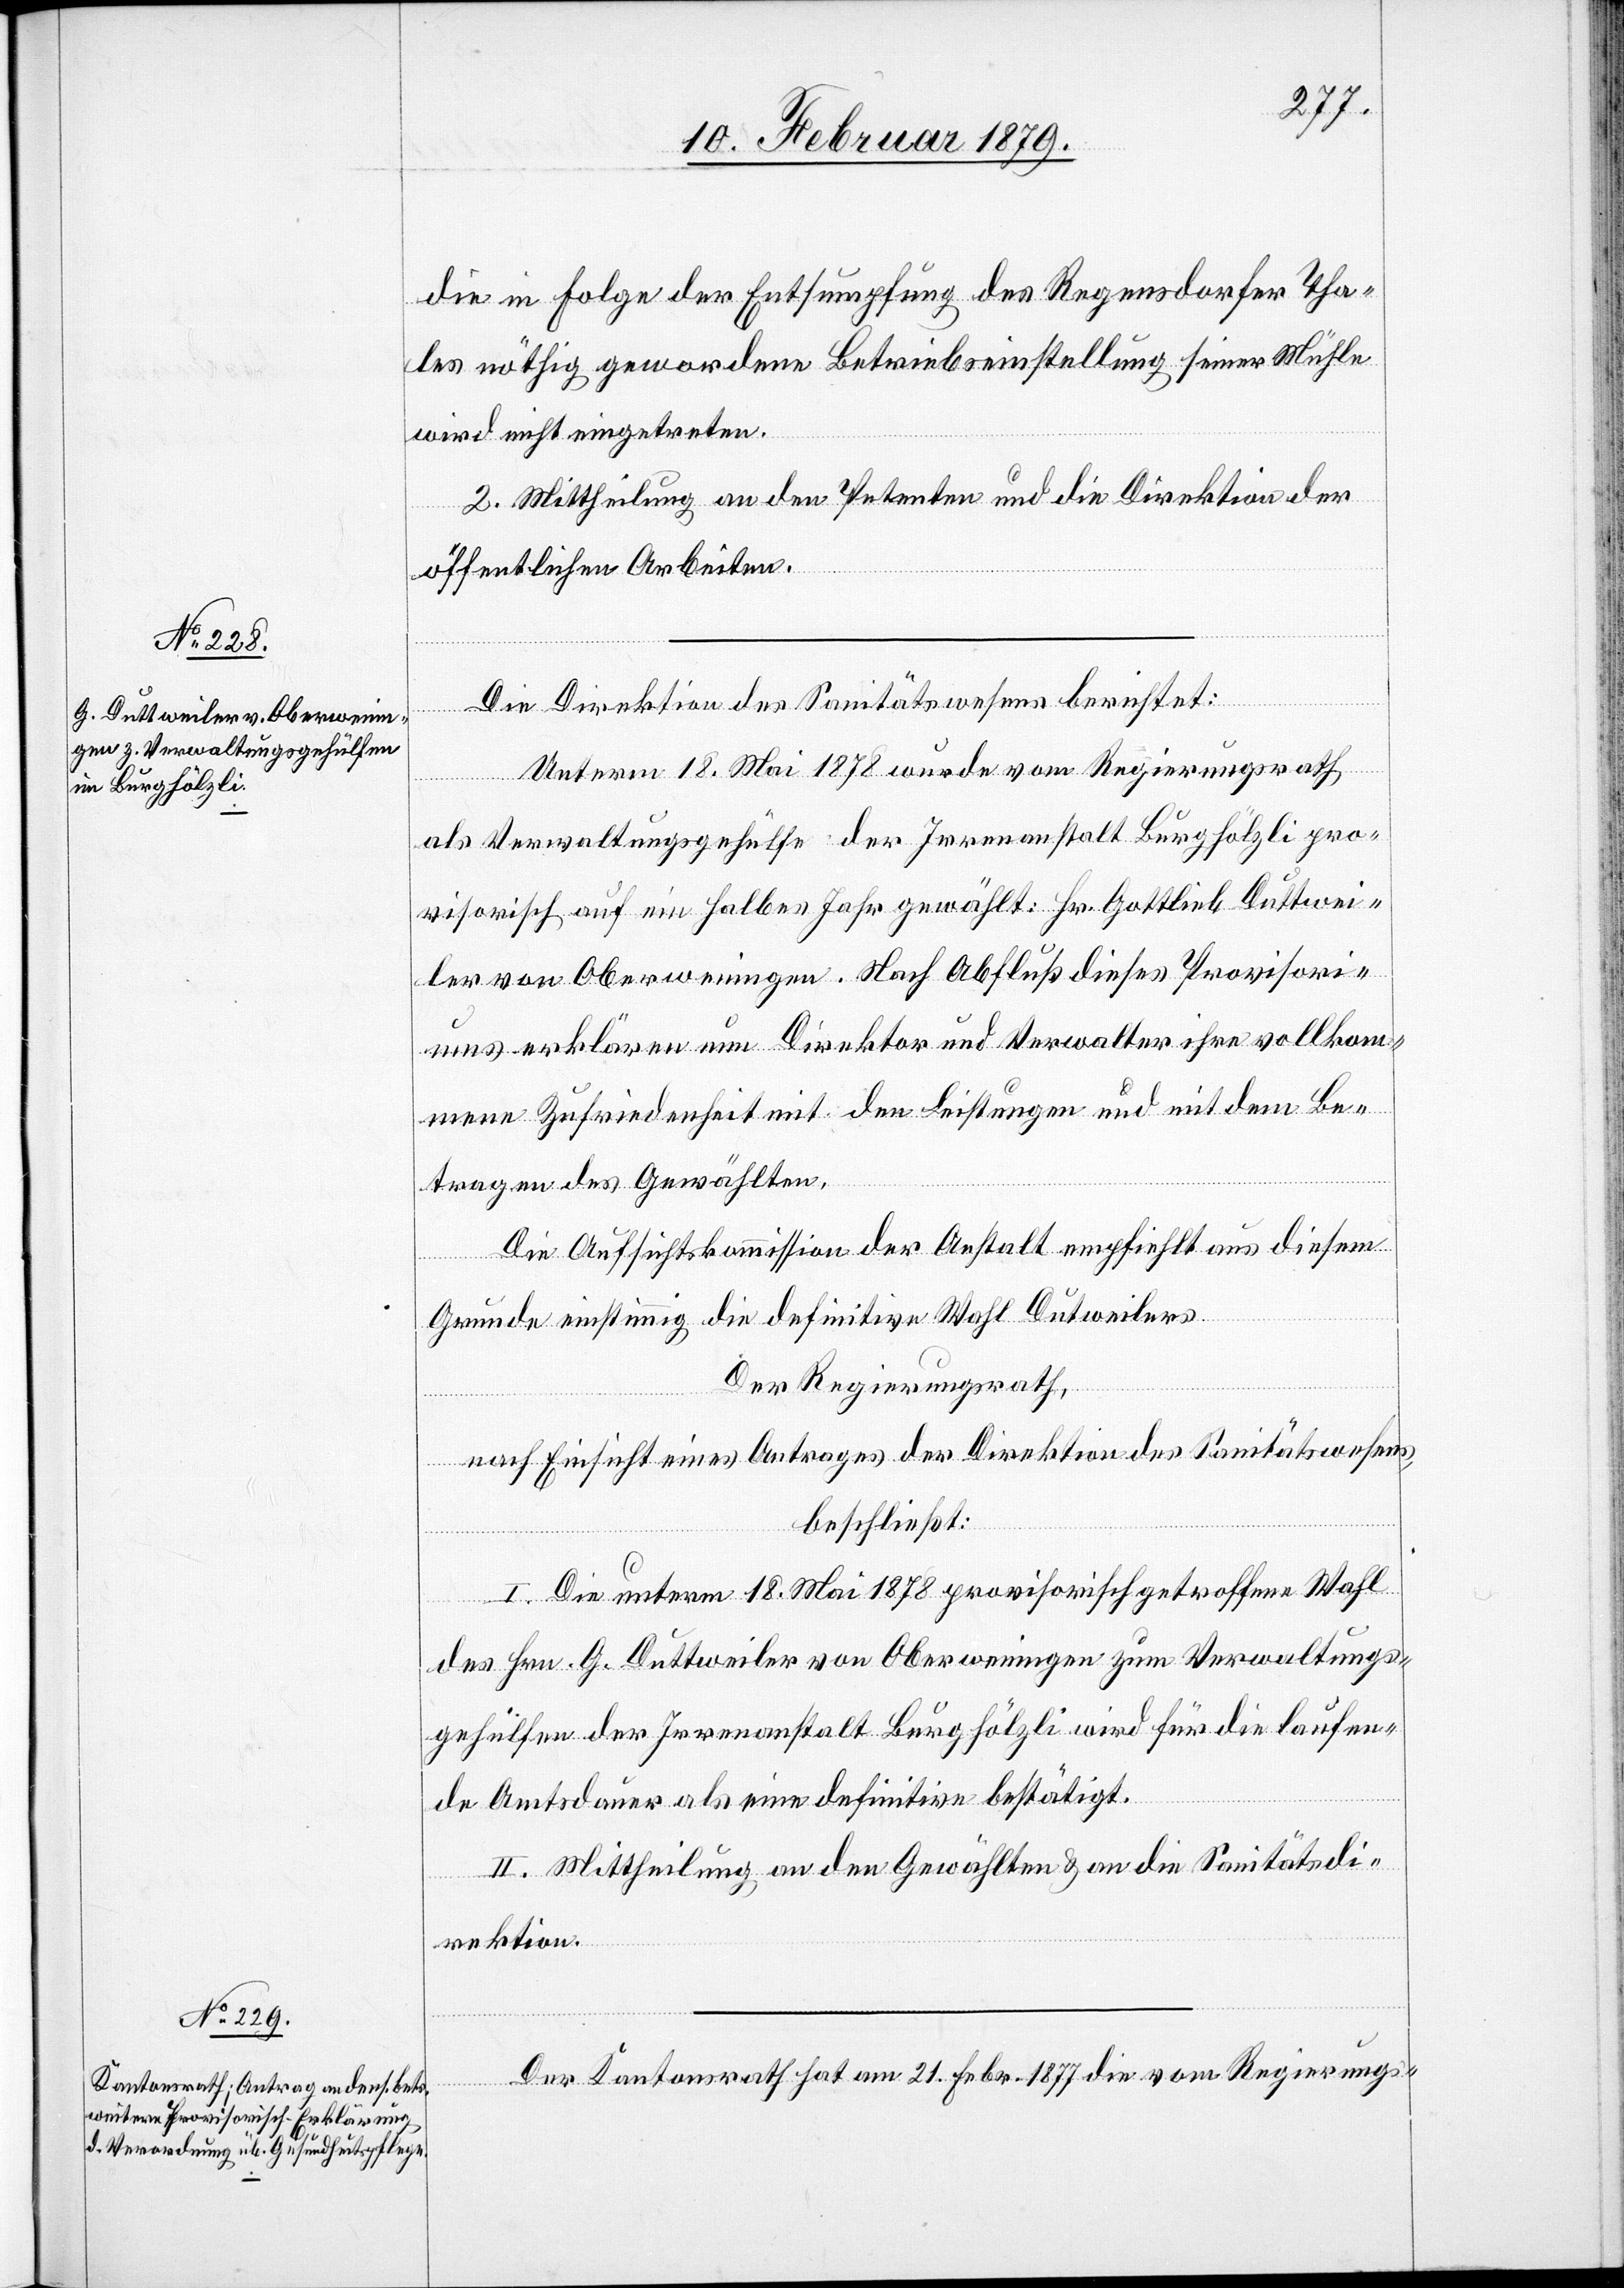
die in Folge der Entsumpfung des Regensdorfer Tha¬
les nöthig gewordene Betriebseinstellung seiner Mühle
wird nicht eingetreten.
2. Mittheilung an den Petenten und die Direktion der
öffentlichen Arbeiten.
Die Direktion des Sanitätswesens berichtet:
Unterm 18. Mai 1878 wurde vom Regierungsrath
als Verwaltungsgehülfe der Irrenanstalt Burghölzli pro¬
visorisch auf ein halbes Jahr gewählt: Hr. Gottlieb Duttwei¬
ler von Oberweningen. Nach Abschluß dieses Provisori¬
ums erklären nun Direktor und Verwalter ihre vollkom¬
mene Zufriedenheit mit den Leistungen und mit dem Be¬
tragen des Gewählten.
Die Aufsichtskommission der Anstalt empfiehlt aus diesem
Grunde einstimmig die definitive Wahl Dutweilers
Der Regierungsrath,
nach Einsicht eines Antrages der Direktion des Sanitätswesens,
beschließt:
I. Die unterm 18. Mai 1878 provisorisch getroffene Wahl
des Hrn. G. Duttweiler von Oberweningen zum Verwaltungs¬
gehülfen der Irrenanstalt Burghölzli wird für die laufen¬
de Amtsdauer als eine definitive bestätigt.
II. Mittheilung an den Gewählten & an die Sanitätsdi¬
rektion.
Der Kantonsrath hat am 21. Febr. 1877 die vom Regierungs-